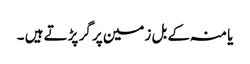
یا منہ کے بل زمین پر گر پڑتے ہیں ۔